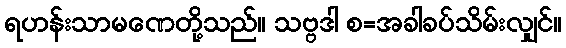
ရဟန်းသာမဏေတို့သည်။ သဗ္ဗဒါ စ=အခါခပ်သိမ်းလျှင်။